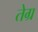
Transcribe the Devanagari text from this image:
तेग्र